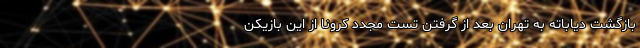
بازگشت دیاباته به تهران بعد از گرفتن تست مجدد کرونا از این بازیکن